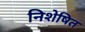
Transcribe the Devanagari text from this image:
निशेषित